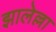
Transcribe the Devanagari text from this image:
झालेल्ला